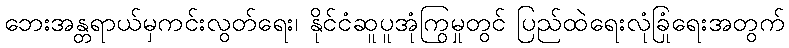
ဘေးအန္တရာယ်မှကင်းလွတ်ရေး၊ နိုင်ငံဆူပူအုံကြွမှုတွင် ပြည်ထဲရေးလုံခြုံရေးအတွက်